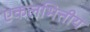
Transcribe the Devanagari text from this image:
एकलभित्तीय